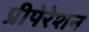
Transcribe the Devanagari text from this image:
प्रीपेरेशन